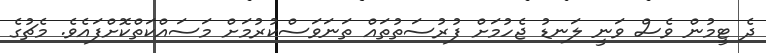
ދެ ޓީމުން ވެސް ވަނީ ލަނޑު ޖެހުމަށް ފުރުސަތުތައް ތަނަވަސްކުރުމަށް މަސައްކަތްކޮށްފައެވެ. މެޗުގެ